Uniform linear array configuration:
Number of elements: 32
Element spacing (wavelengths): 0.5
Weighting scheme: kaiser
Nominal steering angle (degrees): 60
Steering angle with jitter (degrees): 59.843
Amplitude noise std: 0.05
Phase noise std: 0.05

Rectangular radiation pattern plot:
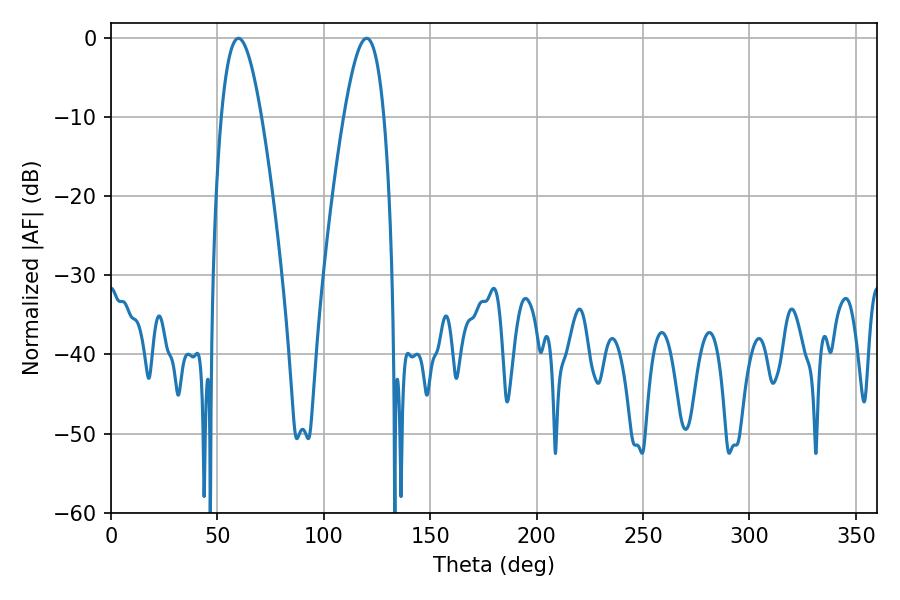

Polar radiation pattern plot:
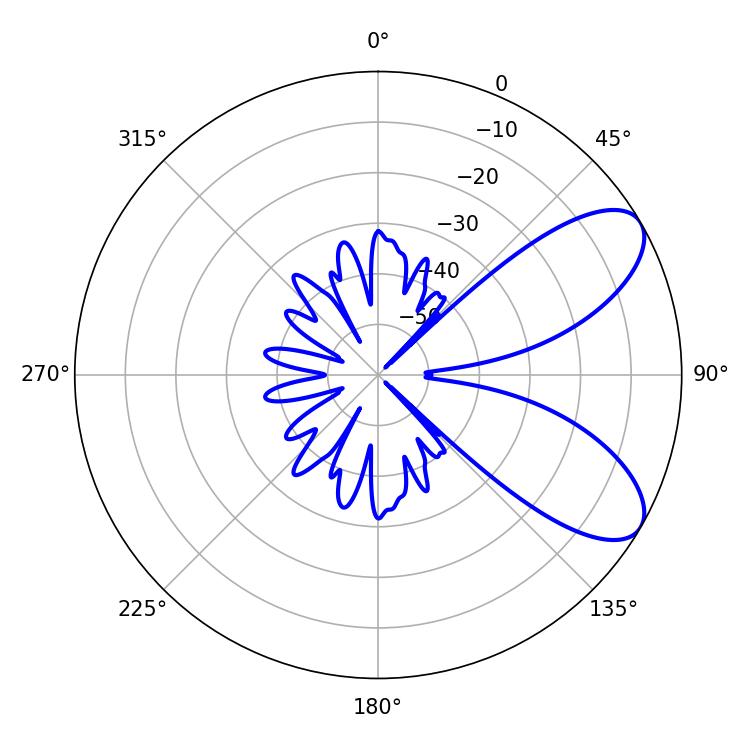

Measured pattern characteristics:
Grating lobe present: FALSE
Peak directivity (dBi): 7.736
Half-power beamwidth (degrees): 10.26
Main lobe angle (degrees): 59.94